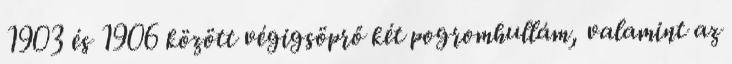
1903 és 1906 között végigsöprő két pogromhullám, valamint az